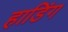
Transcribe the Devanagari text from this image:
हाडिंग